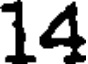
14